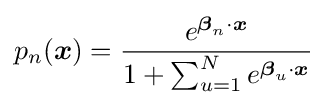
p_{n}({\boldsymbol {x}})={\frac {e^{{\boldsymbol {\beta }}_{n}\cdot {\boldsymbol {x}}}}{1+\sum _{u=1}^{N}e^{{\boldsymbol {\beta }}_{u}\cdot {\boldsymbol {x}}}}}